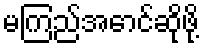
မကြည်အောင်ဆိုဖို့